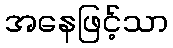
အနေဖြင့်သာ